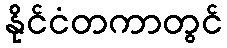
နိုင်ငံတကာတွင်